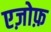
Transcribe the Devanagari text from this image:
एज़ोफ़